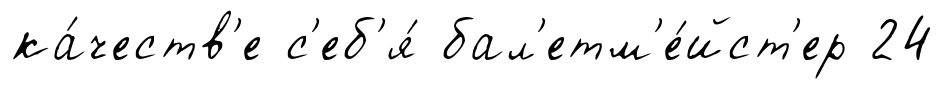
ка́честв'е с'еб'я́ бал'етм'е́йст'ер 24